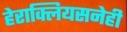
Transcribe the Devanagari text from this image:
हेराक्लियसनेही